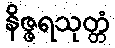
နိဇ္ဇရသုတ္တံ